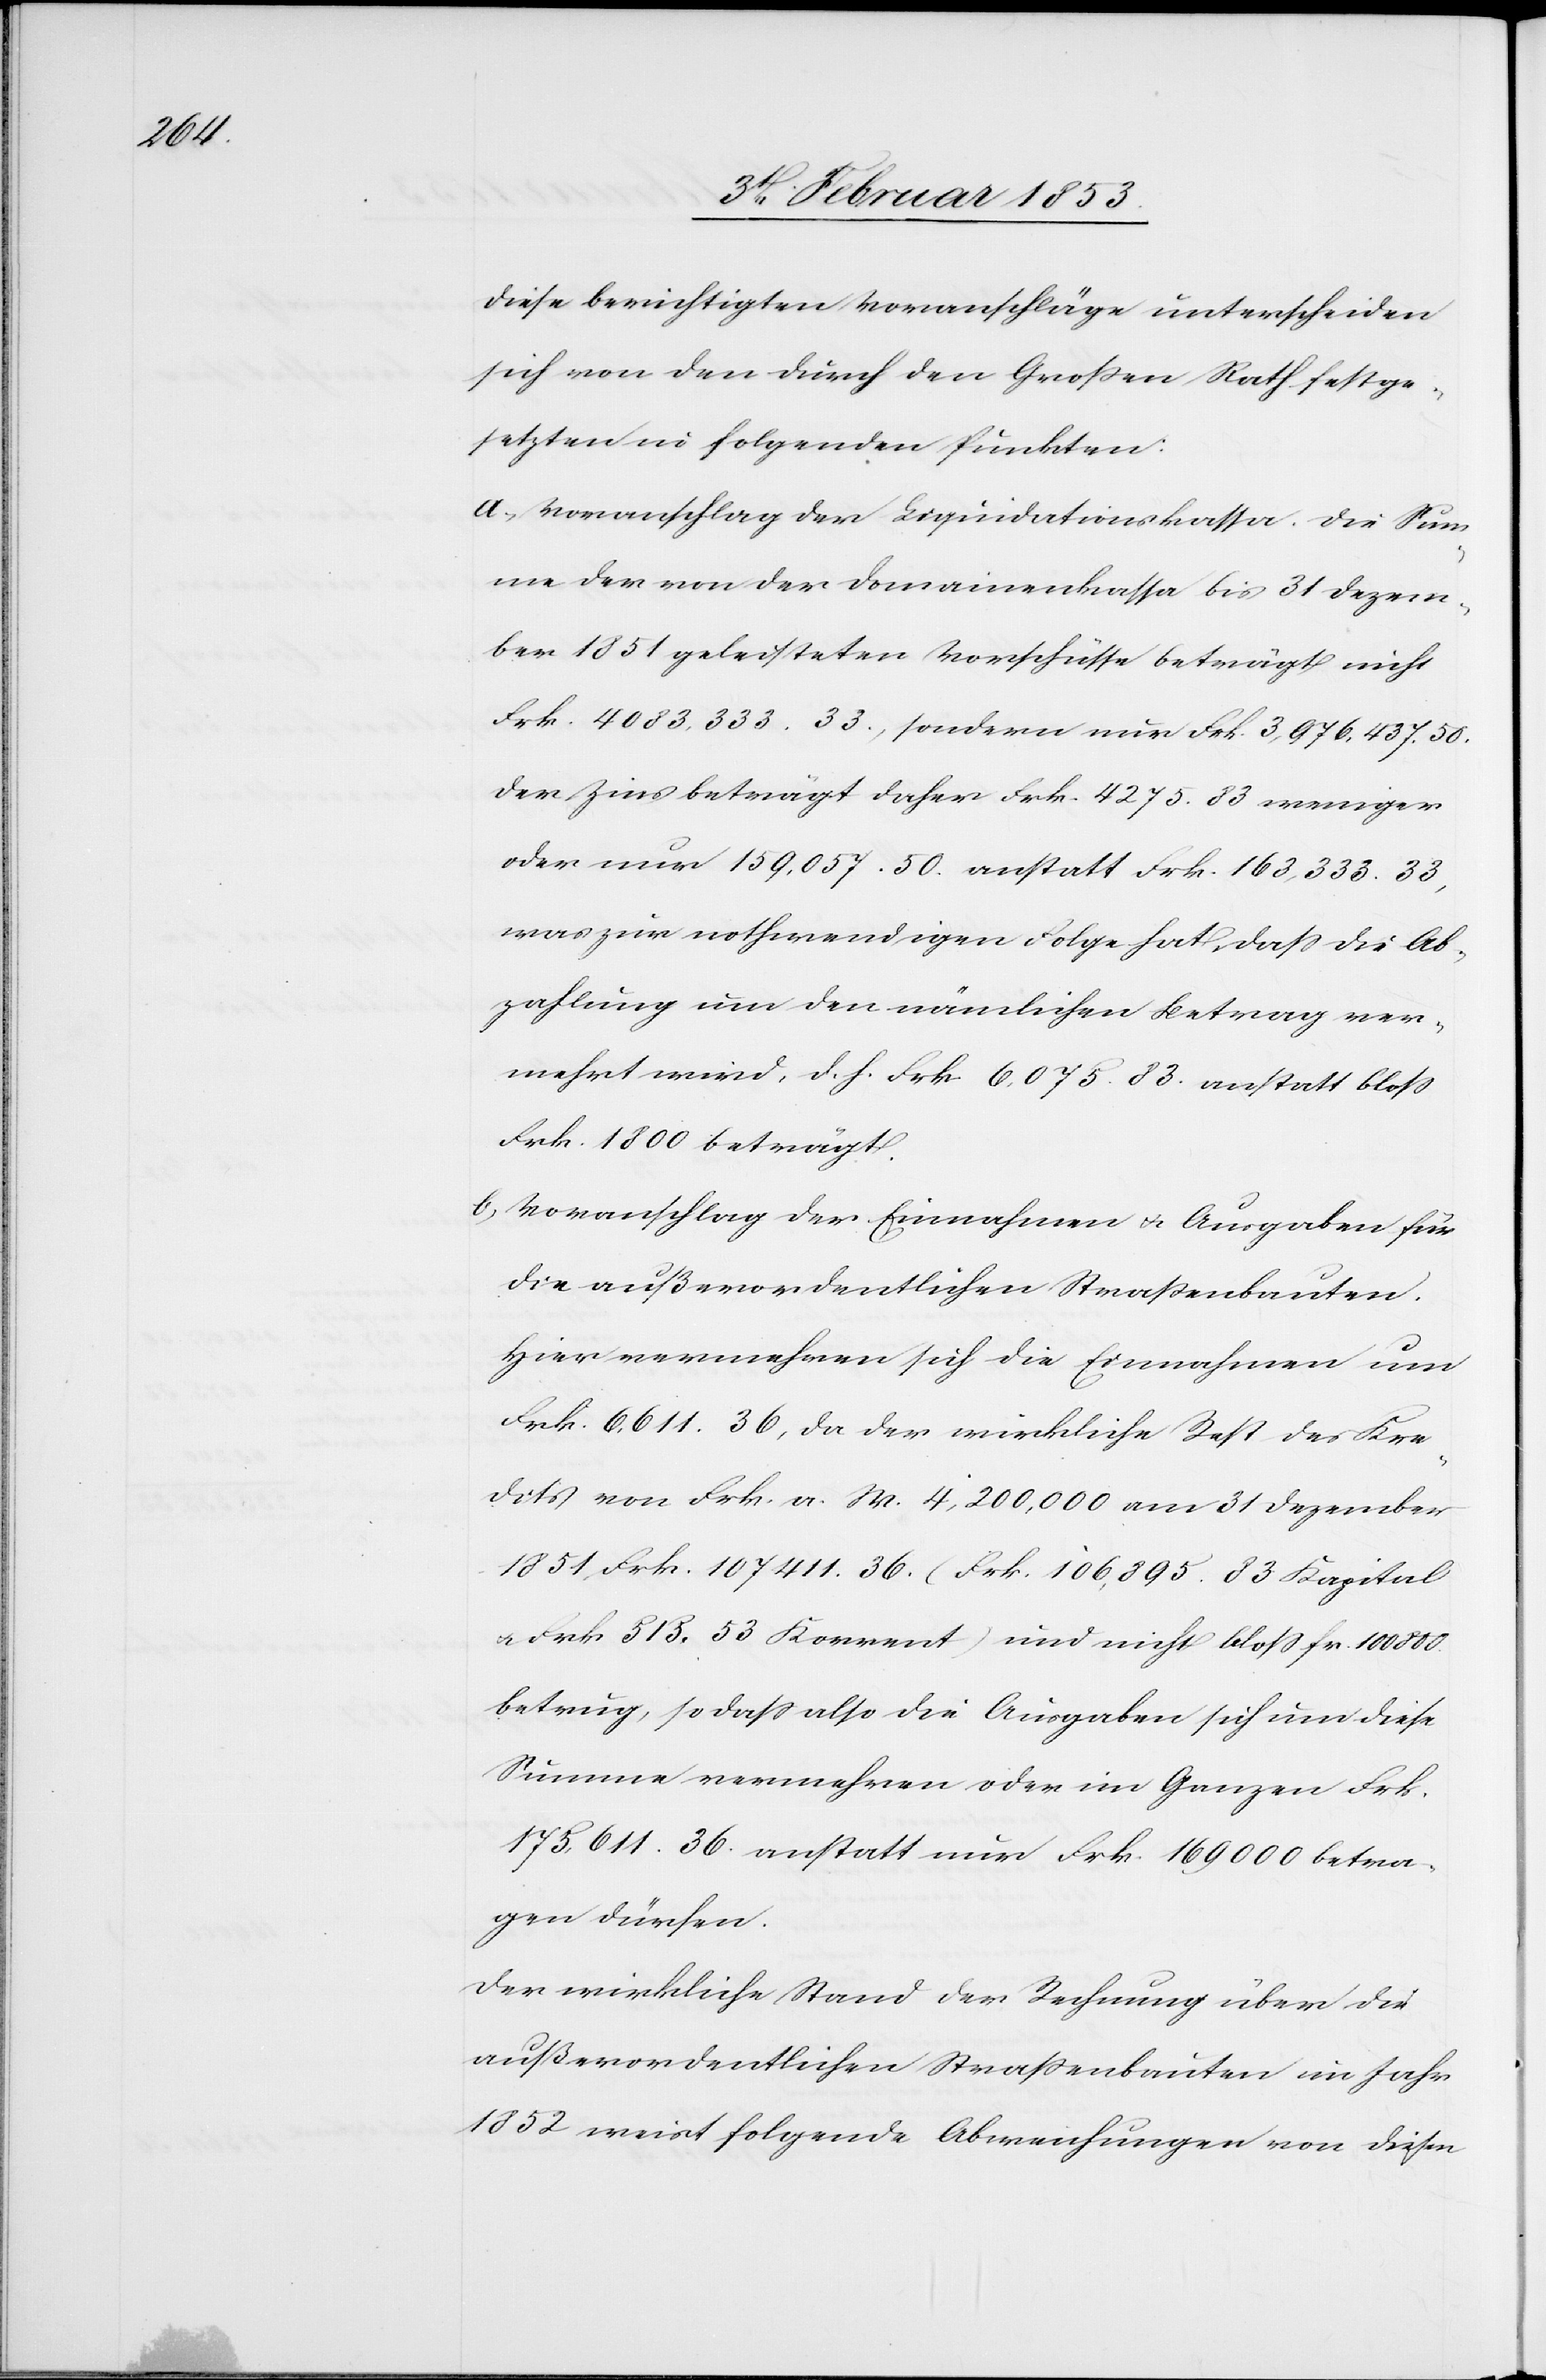
Diese berichtigten Voranschläge unterscheiden
sich von den durch den Grossen Rath festge¬
setzten in folgenden Punkten:
a.) Voranschlag der Liquidationskassa. Die Sum¬
me der von der Domainenkassa bis 31 Dezem¬
ber 1851 geleisteten Vorschüsse beträgt nicht
Frk. 4083,333.33., sondern nur Frk. 3,976,437.50.
Der Zins beträgt daher Frk. 4275.83 weniger
oder nur 159,057.50. anstatt Frk. 163,333.33,
was zur nothwendigen Folge hat, daß die Ab¬
zahlung um den nämlichen Betrag ver¬
mehrt wird, d. h. Frk. 6,075.83. anstatt bloß
Frk. 1800 beträgt.
b.) Voranschlag der Einnahmen u. Ausgaben für
die außerordentlichen Strassenbauten.
Hier vermehren sich die Einnahmen um
Frk 6,611.36, da der wirkliche Rest des Kre¬
dits von Frk. a. W. 4,200,000 am 31 Dezember
1851, Frk. 107,411.36. (Frk. 106,895.83 Kapital
u. Frk. 515.53 Korrent) und nicht bloss fr. 100 800.
betrug, so dass also die Ausgaben sich um diese
Summe vermehren oder im Ganzen Frk
175,611.36. anstatt nur Frk. 169 000 betra¬
gen dürfen.
Der wirkliche Stand der Rechnung über die
außerordentlichen Straßenbauten im Jahr
1852 weist folgende Abrechnungen von diesen